Indian journal of veterinary science and animal husbandry - Volumes 15-17, 1948-1951
Year: 1948
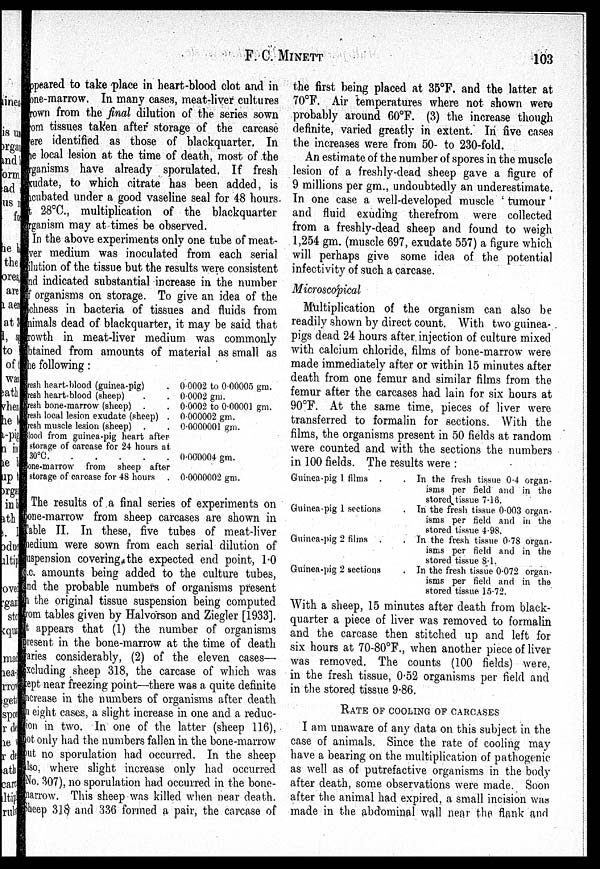
F. C. MINETT
103
ppeared to take place in heart-blood clot and in
one-marrow. In many cases, meat-liver cultures
rown from the final dilution of the series sown
om tissues taken after storage of the carcase
ere identified as those of blackquarter, In
ie local lesion at the time of death, most of the
rganisms have already sporulated. If fresh
xudate, to which citrate has been added, is
cubated under a good vaseline seal for 48 hours-
t 28ºC., multiplication of the blackquarter
rganism may at times be observed.
In the above experiments only one tube of meat-
ver medium was inoculated from each serial
ilution of the tissue but the results were consistent
nd indicated substantial increase in the number
organisms on storage. To give an idea of the
chness in bacteria of tissues and fluids from
aimals dead of blackquarter, it may be said that
rowth in meat-liver medium was commonly
btained from amounts of material as small as
ie following:
resh heart-blood (guinea-pig) .
resh heart-blood (sheep) . .
resh bone-marrow (sheep) . .
resh local lesion exudate (sheep) .
resh muscle lesion (sheep) . .
lood from guinea-pig heart after
storage of carcase for 24 hours at
30ºC .
.
.
.
.
lone-marrow from sheep after
storage of carcase for 48 hours
0.0002 to 0.00005 gm.
0.0002 gm.
0.0002 to 0.00001 gm.
0.000002 gm.
0.0000001 gm.
0.000004 gm.
0.0000002 gm.
The results of a final series of experiments on
one-marrow from sheep carcases are shown in
Table II. In these, five tubes of meat-liver
medium were sown from each serial dilution of
suspension covering the expected end point, 1.0
c.c. amounts being added to the culture tubes,
nd the probable numbers of organisms present
the original tissue suspension being computed
from tables given by Halvorson and Ziegler [1933].
appears that (1) the number of organisms
resent in the bone-marrow at the time of death
aries considerably, (2) of the eleven cases—
xcluding sheep 318, the carcase of which was
kept near freezing point—there was a quite definite
increase in the numbers of organisms after death
in eight cases, a slight increase in one and a reduc-
tion in two. In one of the latter (sheep 116),
not only had the numbers fallen in the bone-marrow
ut no sporulation had occurred. In the sheep
also, where slight increase only had occurred
(No. 307), no sporulation had occurred in the bone-
narrow. This sheep was killed when near death,
Sheep 318 and 336 formed a pair, the carcase of
the first being placed at 35°F. and the latter at
70°F. Air temperatures where not shown were
probably around 60°F. (3) the increase though
definite, varied greatly in extent. In five cases
the increases were from 50- to 230-fold.
An estimate of the number of spores in the muscle
lesion of a freshly-dead sheep gave a figure of
9 millions per gm., undoubtedly an underestimate.
In one case a well-developed muscle 'tumour'
and fluid exuding therefrom were collected
from a freshly-dead sheep and found to weigh
1,254 gm. (muscle 697, exudate 557) a figure which
will perhaps give some idea of the potential
infectivity of such a carcase.
Microscopical
Multiplication of the organism can also be
readily shown by direct count. With two guinea-
pigs dead 24 hours after injection of culture mixed
with calcium chloride, films of bone-marrow were
made immediately after or within 15 minutes after
death from one femur and similar films from the
femur after the carcases had lain for six hours at
90ºF. At the same time, pieces of liver were
transferred to formalin for sections. With the
films, the organisms present in 50 fields at random
were counted and with the sections the numbers
in 100 fields. The results were:
Guinea-pig 1 films . .
Guinea-pig 1 sections .
Guinea-pig 2 films . .
Guinea-pig 2 sections . .
In the fresh tissue 0.4 organ-
isms per field and in the
stored tissue 7.16.
In the fresh tissue 0.003 organ-
isms per field and in the
stored tissue 4.98.
In the fresh tissue 0.78 organ-
isms per field and in the
stored tissue 8.1.
In the fresh tissue 0.072 organ-
isms per field and in the
stored tissue 15.72.
With a sheep, 15 minutes after death from black-
quarter a piece of liver was removed to formalin
and the carcase then stitched up and left for
six hours at 70-80°F., when another piece of liver
was removed. The counts (100 fields) were,
in the fresh tissue, 0.52 organisms per field and
in the stored tissue 9.86.
RATE OF COOLING OF CARCASES
I am unaware of any data on this subject in the
case of animals. Since the rate of cooling may
have a bearing on the multiplication of pathogenic
as well as of putrefactive organisms in the body
after death, some observations were made. Soon
after the animal had expired, a small incision was
made in the abdominal wall near the flank and